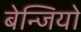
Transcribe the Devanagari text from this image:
बेन्जियो